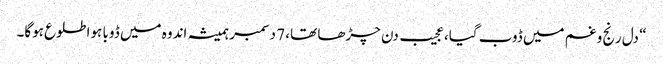
“ دل رنج و غم میں ڈوب گیا، عجیب دن چڑھا تھا، 7 دسمبر ہمیشہ اندوہ میں ڈوبا ہوا طلوع ہوگا۔